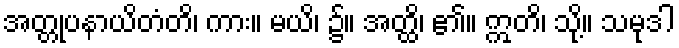
အတ္တုပနာယိတံတိ၊ ကား။ မယိ၊ ၌။ အတ္ထိ၊ ၏။ ဣတိ၊ သို့။ သမုဒါ